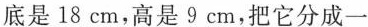
底是18cm，高是9cm，把它分成一